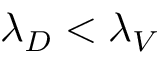
\lambda _ { D } < \lambda _ { V }